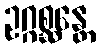
ဥဂ္ဂစ္ဆန္တေ